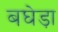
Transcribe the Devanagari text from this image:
बघेड़ा